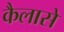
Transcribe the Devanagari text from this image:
कैलासे